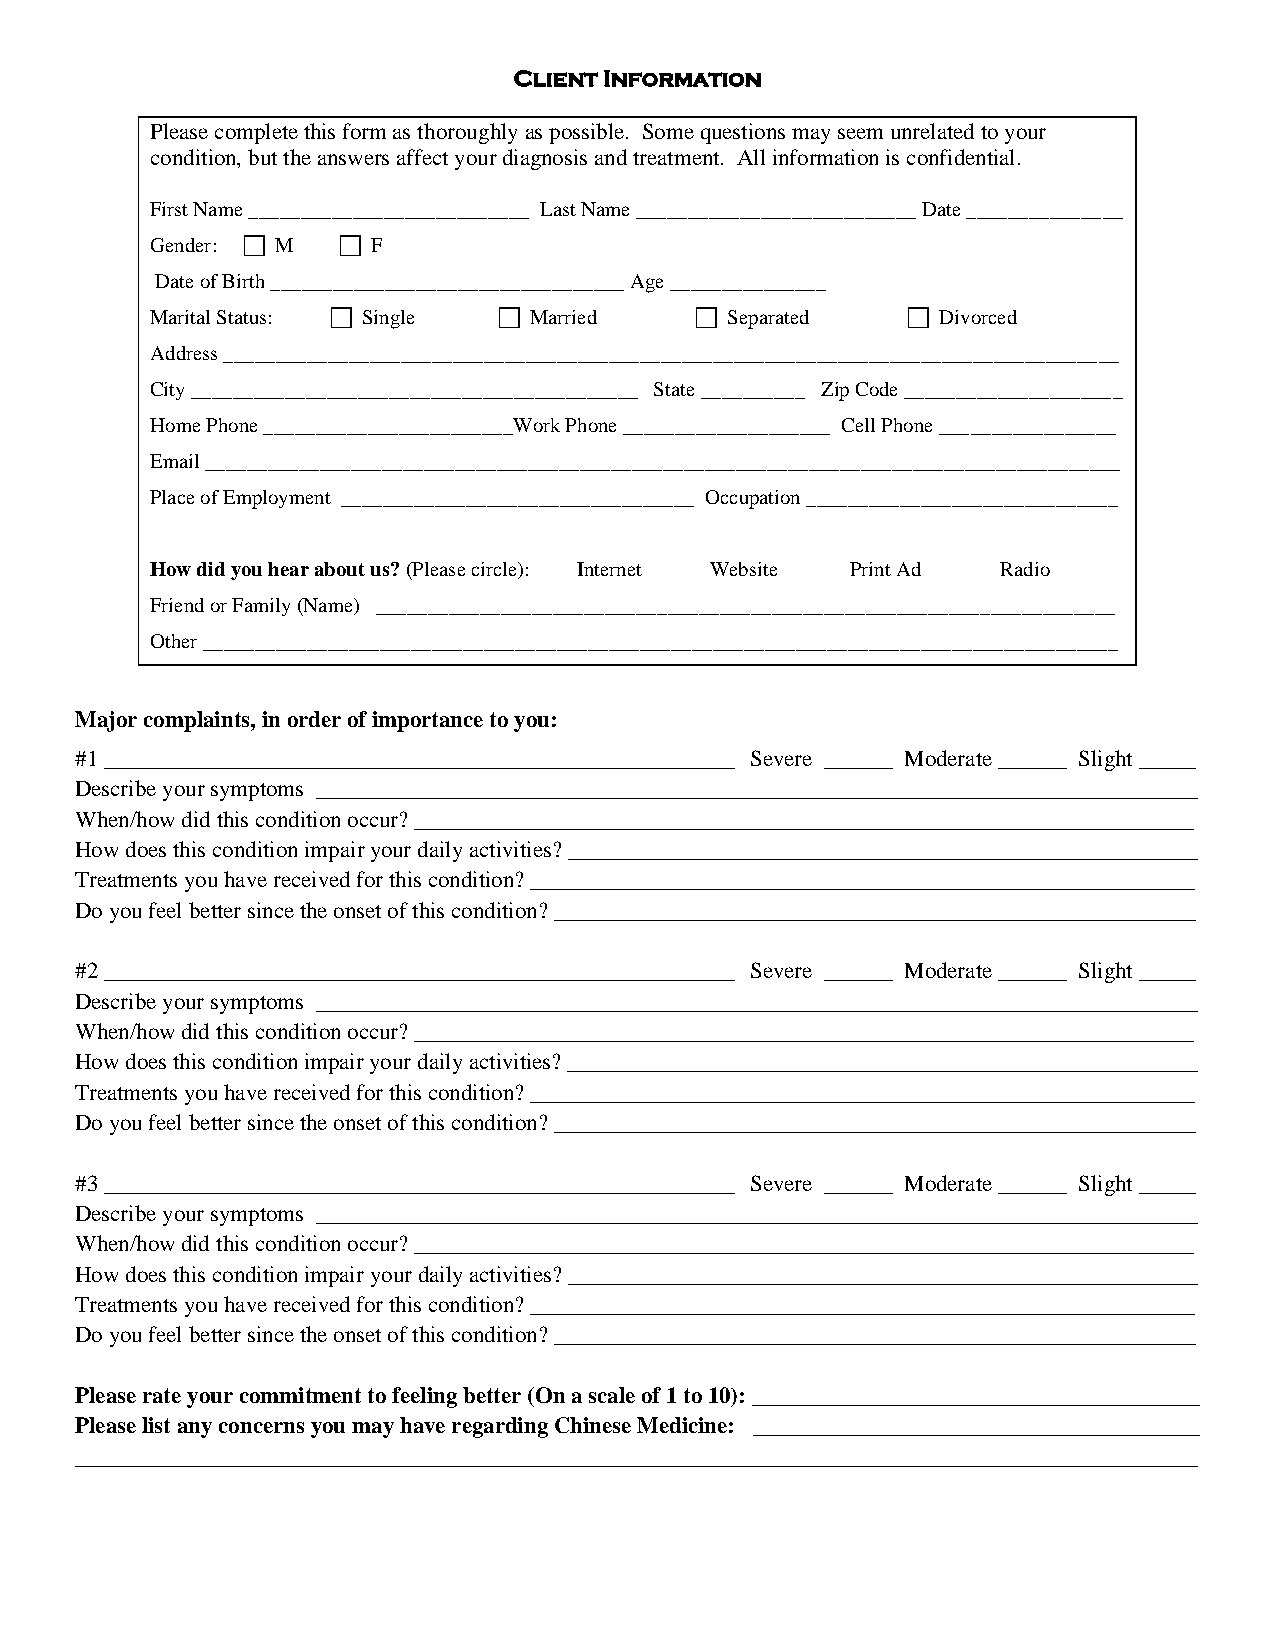
Client Information
 Please complete this form as thoroughly as possible. Some questions may seem unrelated to your
 condition, but the answers affect your diagnosis and treatment. All information is confidential.
 First Name ___________________________ Last Name ___________________________ Date _______________
 Gender:  M   F
 Date of Birth __________________________________ Age _______________
 Marital Status:  Single  Married   Separated    Divorced
 Address ______________________________________________________________________________________
 City ___________________________________________ State __________ Zip Code _____________________
 Home Phone ________________________Work Phone ____________________ Cell Phone _________________
 Email ________________________________________________________________________________________
 Place of Employment __________________________________ Occupation ______________________________
 How did you hear about us? (Please circle): Internet Website Print Ad Radio
 Friend or Family (Name) _______________________________________________________________________
 Other ________________________________________________________________________________________
 Major complaints, in order of importance to you:
 #1 _______________________________________________________ Severe ______ Moderate ______ Slight _____
 Describe your symptoms _____________________________________________________________________________
 When/how did this condition occur? ____________________________________________________________________
 How does this condition impair your daily activities? _______________________________________________________
 Treatments you have received for this condition? __________________________________________________________
 Do you feel better since the onset of this condition? ________________________________________________________
 #2 _______________________________________________________ Severe ______ Moderate ______ Slight _____
 Describe your symptoms _____________________________________________________________________________
 When/how did this condition occur? ____________________________________________________________________
 How does this condition impair your daily activities? _______________________________________________________
 Treatments you have received for this condition? __________________________________________________________
 Do you feel better since the onset of this condition? ________________________________________________________
 #3 _______________________________________________________ Severe ______ Moderate ______ Slight _____
 Describe your symptoms _____________________________________________________________________________
 When/how did this condition occur? ____________________________________________________________________
 How does this condition impair your daily activities? _______________________________________________________
 Treatments you have received for this condition? __________________________________________________________
 Do you feel better since the onset of this condition? ________________________________________________________
 Please rate your commitment to feeling better (On a scale of 1 to 10): _______________________________________
 Please list any concerns you may have regarding Chinese Medicine: _______________________________________
 __________________________________________________________________________________________________